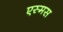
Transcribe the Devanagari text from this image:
एस्मस